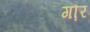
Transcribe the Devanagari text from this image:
गौ़र